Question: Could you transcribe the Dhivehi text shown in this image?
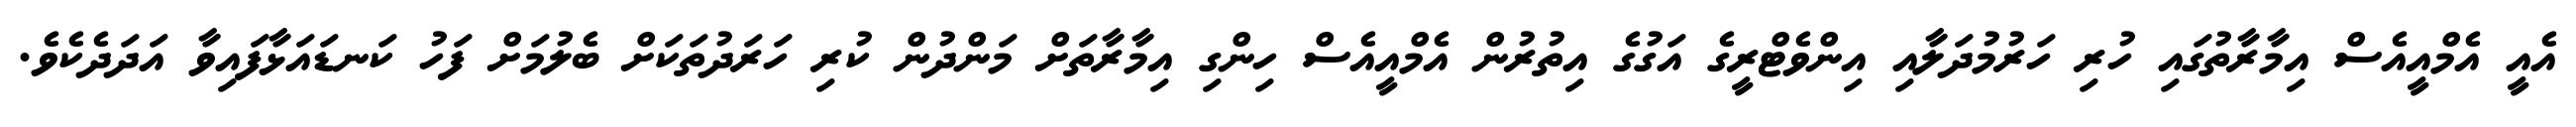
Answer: އެއީ އެމްއީއެސް އިމާރާތުގައި ހުރި ހަރުމުދަލާއި އިންވެޓްރީގެ އަގުގެ އިތުރުން އެމްއީއެސް ހިންގި އިމާރާތަށް މަންދުން ކުރި ހަރަދުތަކަށް ބެލުމަށް ފަހު ކަނޑައަޅާފައިވާ އަދަދެކެވެ.